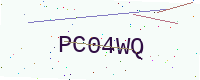
Text: PC04WQ